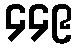
၄၄၉